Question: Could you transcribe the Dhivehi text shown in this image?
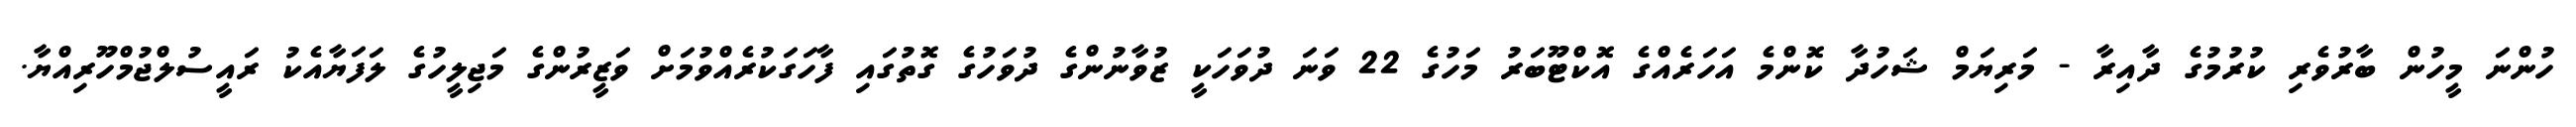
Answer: ހުންނަ މީހުން ބާރުވެރި ކުރުމުގެ ދާއިރާ - މަރިޔަމް ޝަހުދާ ކޮންމެ އަހަރެއްގެ އޮކްޓޫބަރު މަހުގެ 22 ވަނަ ދުވަހަކީ ޒުވާނުންގެ ދުވަހުގެ ގޮތުގައި ފާހަގަކުރެއްވުމަށް ވަޒީރުންގެ މަޖިލީހުގެ ލަފަޔާއެކު ރައީސުލްޖުމްހޫރިއްޔާ.